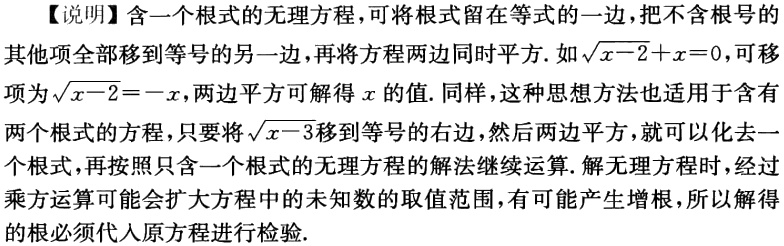
【说明】含一个根式的无理方程，可将根式留在等式的一边，把不含根号的其他项全部移到等号的另一边，再将方程两边同时平方. 如\(\sqrt{x - 2}+x = 0\)，可移项为\(\sqrt{x - 2}=-x\)，两边平方可解得\(x\)的值. 同样，这种思想方法也适用于含有两个根式的方程，只要将\(\sqrt{x - 3}\)移到等号的右边，然后两边平方，就可以化去一个根式，再按照只含一个根式的无理方程的解法继续运算. 解无理方程时，经过乘方运算可能会扩大方程中的未知数的取值范围，有可能产生增根，所以解得的根必须代入原方程进行检验.